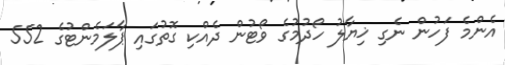
އެންމެ ފަހުން ނެގި ޚިޔާލު ހޯދުމުގެ ވޯޓުން ދެއްކި ގޮތުގައި ޕާލަމެންޓުގެ 552